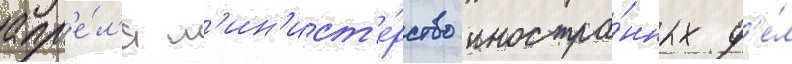
апр'е́л'я м'ин'ист'е́рство иностра́нных д'е́л